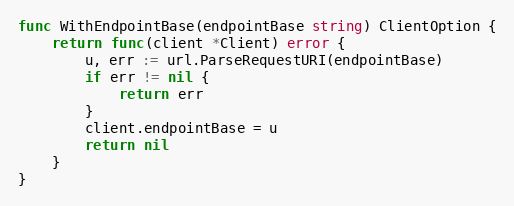
Language: Go
func WithEndpointBase(endpointBase string) ClientOption {
	return func(client *Client) error {
		u, err := url.ParseRequestURI(endpointBase)
		if err != nil {
			return err
		}
		client.endpointBase = u
		return nil
	}
}